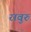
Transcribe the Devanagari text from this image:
रावुरु